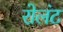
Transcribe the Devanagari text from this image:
रोलंट